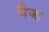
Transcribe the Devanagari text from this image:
भैजा